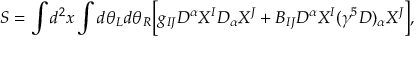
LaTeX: S = \int d ^ { 2 } x \int d \theta _ { L } d \theta _ { R } \biggl [ g _ { I J } D ^ { \alpha } X ^ { I } D _ { \alpha } X ^ { J } + B _ { I J } D ^ { \alpha } X ^ { I } ( \gamma ^ { 5 } D ) _ { \alpha } X ^ { J } \biggr ] ,